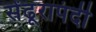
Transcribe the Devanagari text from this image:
सेंढूरापंदी